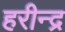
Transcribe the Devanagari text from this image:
हरीन्द्र